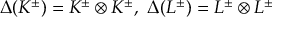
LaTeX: \Delta ( K ^ { \pm } ) = K ^ { \pm } \otimes K ^ { \pm } , \ \Delta ( L ^ { \pm } ) = L ^ { \pm } \otimes L ^ { \pm }